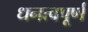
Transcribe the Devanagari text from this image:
धनत्वपूर्ण